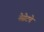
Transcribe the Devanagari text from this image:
नेसेटचे